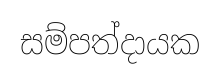
සම්පත්දායක